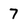
Character: 7